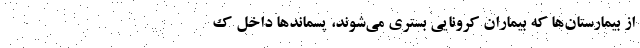
از بیمارستان‌ها که بیماران کرونایی بستری می‌شوند، پسماندها داخل ک